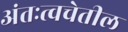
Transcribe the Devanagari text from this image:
अंतःत्वचेतील